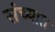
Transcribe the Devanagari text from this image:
संच्यात